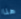
هنا